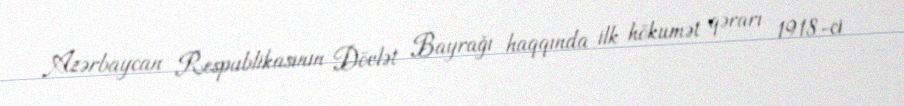
Azərbaycan Respublikasının Dövlət Bayrağı haqqında ilk hökumət qərarı 1918-ci